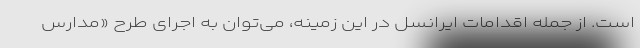
است. از جمله اقدامات ایرانسل در این زمینه، می‌توان به اجرای طرح «مدارس